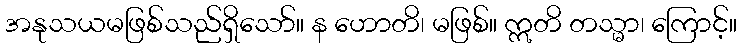
အနုသယမဖြစ်သည်ရှိသော်။ န ဟောတိ၊ မဖြစ်။ ဣတိ တသ္မာ၊ ကြောင့်။